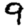
Digit: 9